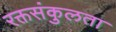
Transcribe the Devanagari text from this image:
रक्तसंकुलता